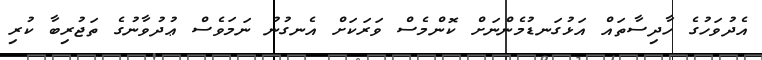
އެދުވަހުގެ ހާދިސާތައް އަޅުގަނޑުމެންނަށް ކޮންމެސް ވަރަކަށް އެނގުނު ނަމަވެސް ޢުދުވާނުގެ ތަޖުރިބާ ކުރި